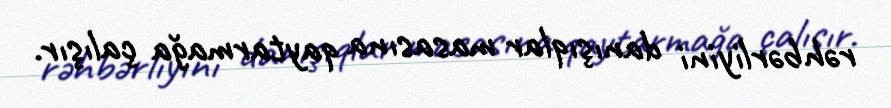
rəhbərliyini danışıqlar masasına qaytarmağa çalışır.